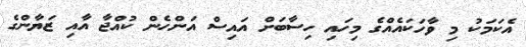
އެކަމަކު މި ވާހަކައެއްގެ މިހައި ހިސާބަށް އައިސް އަންހެން ކުއްޖާ އާއި ޒަޔާންގެ